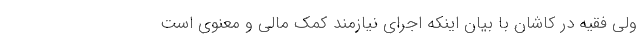
ولی فقیه در کاشان با بیان اینکه اجرای نیازمند کمک مالی و معنوی است